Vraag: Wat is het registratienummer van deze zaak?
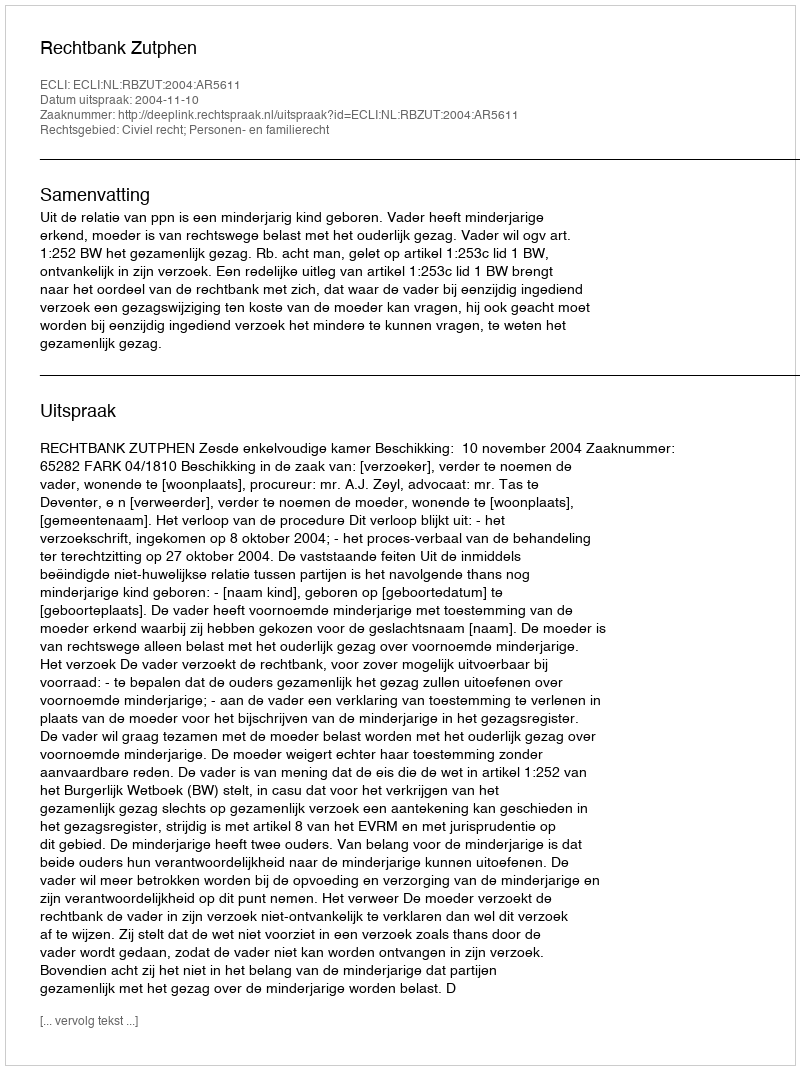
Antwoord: http://deeplink.rechtspraak.nl/uitspraak?id=ECLI:NL:RBZUT:2004:AR5611